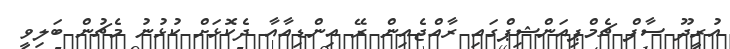
އުރީދޫ ސާފް ޗެމްޕިއަންޝިޕްގައި ރާއްޖެއިން ރޭ އިންޑިއާއާ ދެކޮޅަށް ކުޅުނު މެޗުން ބަލިވީ